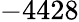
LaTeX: -4428